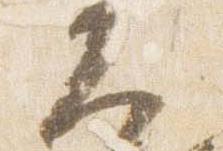
大